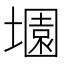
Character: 𡑰